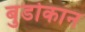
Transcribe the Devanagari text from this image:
बुडोकान